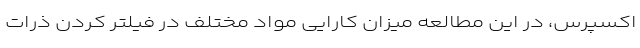
‌اکسپرس، در این مطالعه میزان کارایی مواد مختلف در فیلتر کردن ذرات